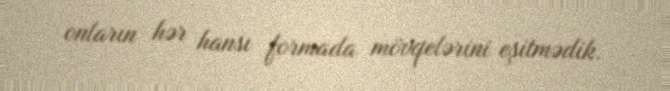
onların hər hansı formada mövqelərini eşitmədik.